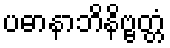
ပဓာနာဘိနိဗ္ဗတ္တံ